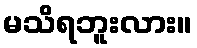
မသိရဘူးလား။